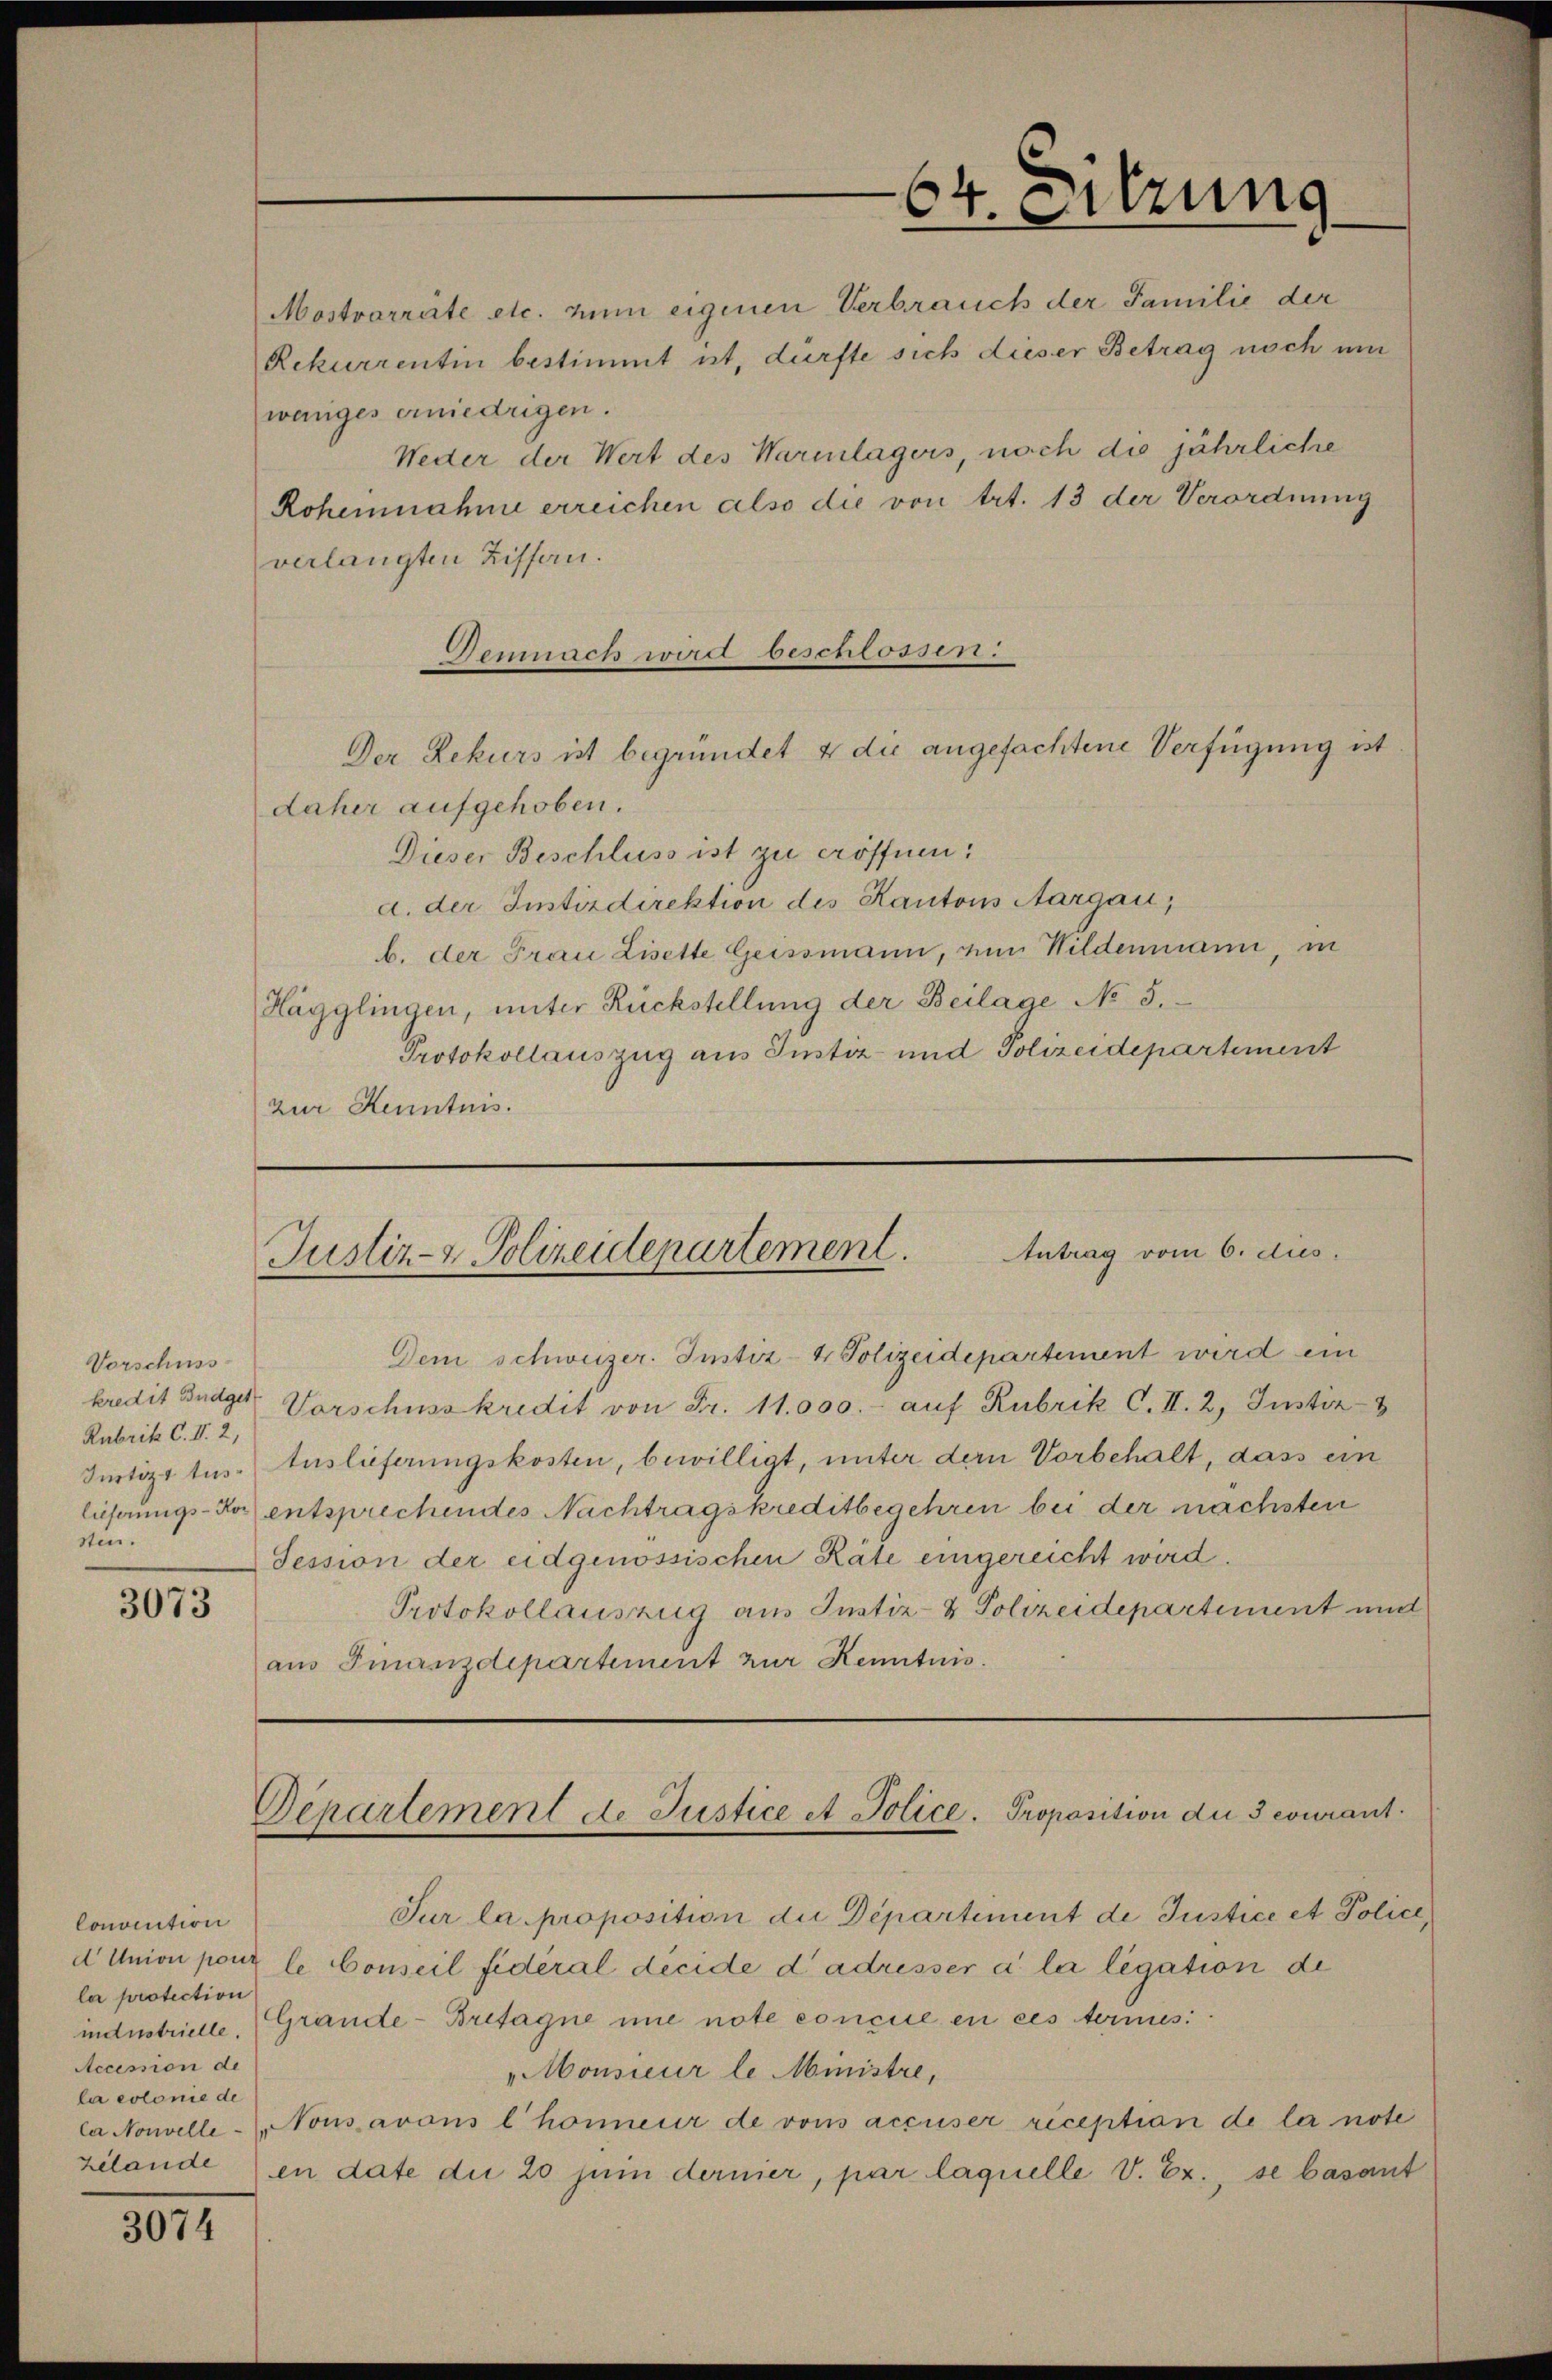
Vorschuss
kredit Budget
Rubrik C.V. 2,
Justiz tus
sten.

3073

Convention
dUnion pour
la protection
Accession de
la colonie de
la Nouvelle

3074

Mostvarrirte etc. zum eigenen Verbrauch der Familie der
Rekurrentin bestimmt ut, dürfte sich dieser Betrag noch um
weniges erniedrigen.
Weder der Wert des Warenlagers, nach die jährliche
Rohennahme erreichen also die von Art. 13 der Verordnung
verlangten Ziffen.
Der Rekurs ist begründet & die angefachtene Verfügung ist
daher aufgehoben.
Dieser Beschluss ist zu eröffnen:
d. der Instizdirektion des Kantons Aargau,
b. der Frau Lisette Geissmann, zum Wildenmann, in
Hägglingen, unter Rückstellung der Beilage No 5.
Protokollauszug aus Justiz und Polizeidepartement
zur Kenntnis.

Gemnach wird beschlossen:

64. Sitzung

Antrag vom 6. dies
Justiz- & Polizeidepartement.

Dem schweizer. Instiz- & Polizeidepartement wird ein
Vorschusskredit von Fr. 11.000.- auf Rubrik C.II. 2. Justiz-
tuslieferungskosten, bewilligt, unter der Vorbehalt, dass ein
lührungs-Kor entsprechendes Nachtragskreditbegehren bei der nächsten
Tession der eidgenössischen Räte eingereicht wird.
Protokollauszug aus Justiz- & Polizeidepartement und
aus Finanzdepartement zur Kenntnis.

Departement de Justice et Police- Proposition die 3 courant¬

Sur la proposition die Departiment de Justice et Police
le Conseil fidéral decide dadresser à la legation de
industrielle, Grande-Bretagne une note concul en ces termes
Monsieur le Ministre,
Nonsarons l’honneur de vons accuser riception de la note
zilande en date die 20 juin dernier, par laquelle V. Ex., se basant